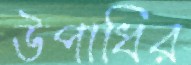
উপাধির